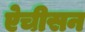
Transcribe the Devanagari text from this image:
ऐचीसन